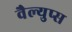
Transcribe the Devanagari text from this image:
वैल्युप्स